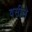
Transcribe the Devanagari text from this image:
वसीले